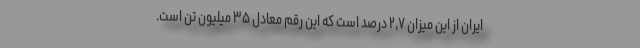
ایران از این میزان ٢,٧‌ درصد است که این رقم معادل ٣۵‌ میلیون تن است.